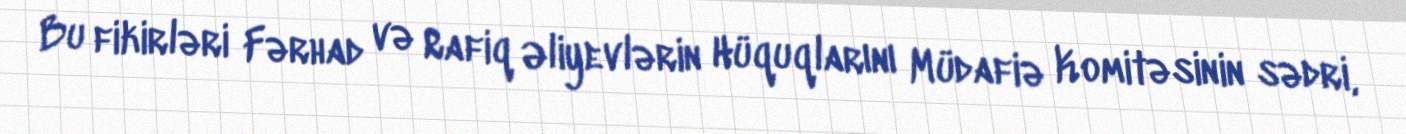
Bu fikirləri Fərhad və Rafiq Əliyevlərin Hüquqlarını Müdafiə Komitəsinin sədri,